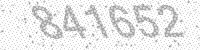
Solution: 841652